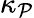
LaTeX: \kappa_{\mathcal{P}}